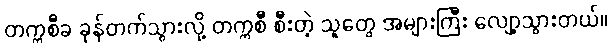
တက္ကစီခ ခုန်တက်သွားလို့ တက္ကစီ စီးတဲ့ သူတွေ အများကြီး လျော့သွားတယ်။